Report on malaria in the Punjab during the year ...  together with an account of the work of the Punjab Malaria Bureau - Volume 3
Disease focus: Malaria
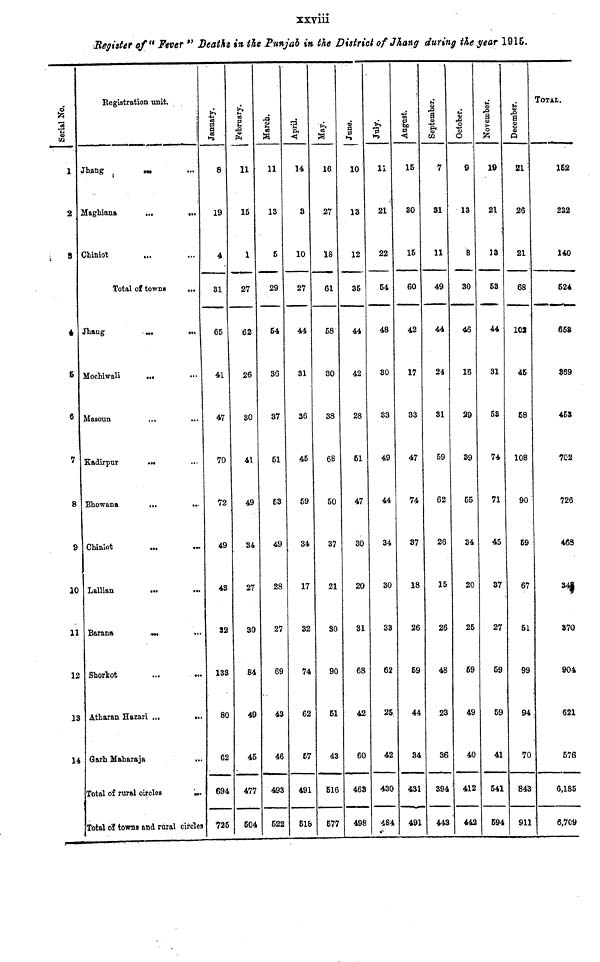
xxviii
Register of " Fever " Deaths in the Punjab in the District of Jhang during the year 1915.
Serial No.
1
2
4
5
6
7
8
9
10
11
12
13
14
Registration unit.
Jhang
...
...
Maghiana
...
...
Chiniot ... ...
Total of towns
...
Jhang
...
...
Mochiwali ... ...
Masoun ... ...
Kadirpur ... ...
Bhowana
...
...
Chiniot ... ...
Lallian
...
...
Barana
...
...
Shorkot ... ...
Atharan Hazari ...
...
Garh Maharaja ...
Total of rural circles
...
Total of towns and rural circles
January.
8
19
4
31
65
41
47
70
72
49
43
32
133
80
62
694
725
February.
11
15
1
27
62
26
30
41
49
34
27
30
84
49
45
477
504
«9
11
13
5
29
54
36
37
51
53
49
28
27
69
43
46
493
522
April.
14
3
10
27
44
31
36
45
59
34
17
32
74
62
57
491
518
16
27
18
61
58
30
38
68
50
37
21
30
90
51
43
516
577
June.
10
13
12
35
44
42
28
51
47
30
20
31
68
42
60
463
498
11
21
22
54
48
30
33
49
44
34
30
S3
62
25
42
430
484
August.
15
30
15
60
42
17
33
47
74
37
18
26
59
44
34
431
491
September.
7
31
11
49
44
24
31
59
62
26
15
26
48
23
36
394
443
Octomber.
9
13
8
30
46
16
29
39
55
34
20
25
59
49
40
412
442
November.
19
21
13
53
44
31
58
74
71
45
37
27
59
59
41
541
694
December.
21
26
21
68
102
45
58
108
90
59
67
51
99
94
70
843
911
TOTAL.
162
232
140
624
658
369
453
702
726
468
348
370
904
621
576
6,185
6,709